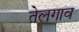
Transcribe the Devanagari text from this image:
तेलगाव